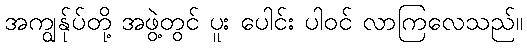
အကျွန်ုပ်တို့ အဖွဲ့တွင် ပူး ပေါင်း ပါဝင် လာကြလေသည်။